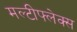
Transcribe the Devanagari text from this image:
मल्टीफ्लेक्स